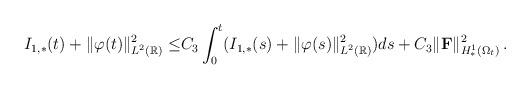
LaTeX: \begin{align*}I_{1,\ast}(t)+\Vert\varphi(t)\Vert^2_{L^2(\mathbb R)}\le & C_3\int_0^t(I_{1,\ast}(s)+\Vert\varphi(s)\Vert^2_{L^2(\mathbb R)})ds+C_3\Vert{\mathbf F}\Vert^2_{H^1_\ast(\Omega_t)}\,.\end{align*}